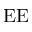
\mathrm { E E }